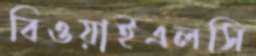
বিওয়াইএলসি